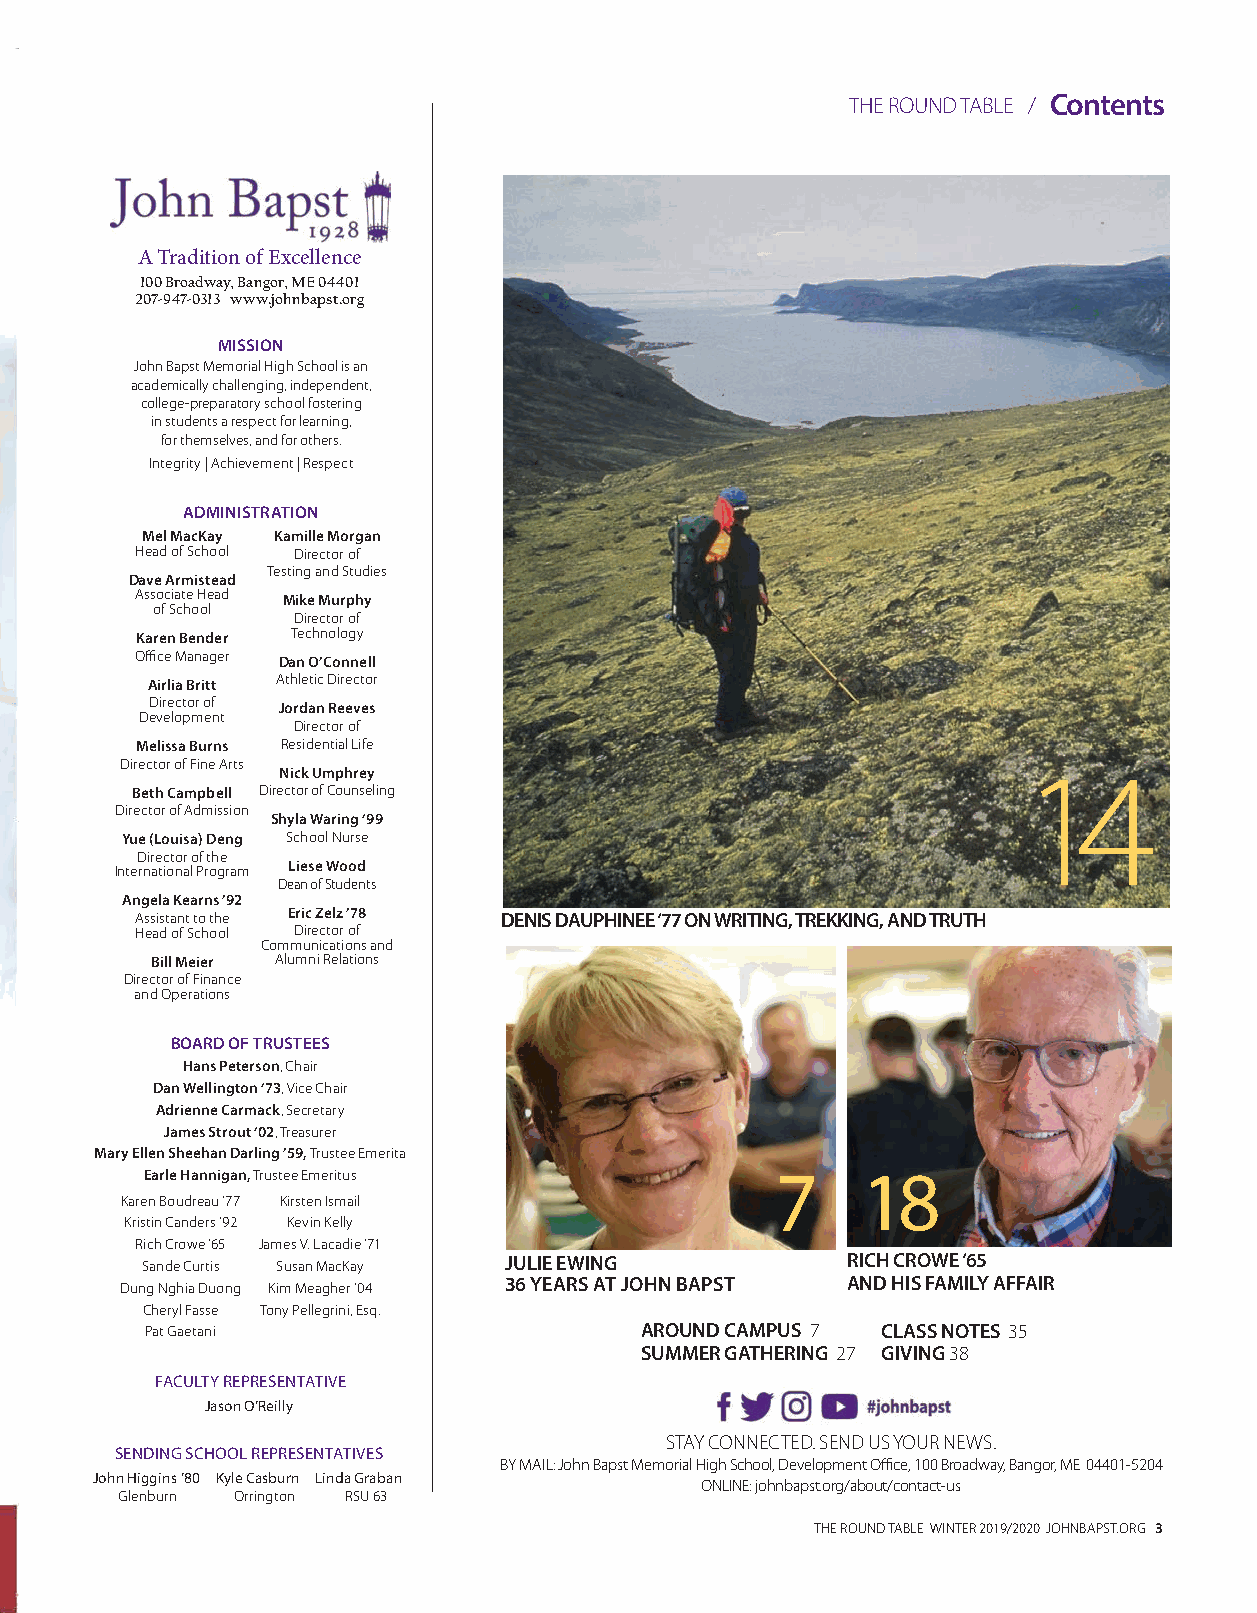
THE ROUND TABLE / Contents
 A Tradition of Excellence
 100 Broadway, Bangor, ME 04401
 207-947-0313 www.johnbapst.org
 MISSION
 John Bapst Memorial High School is an
 academically challenging, independent,
 college-preparatory school fostering
 in students a respect for learning,
 for themselves, and for others.
 Integrity | Achievement | Respect
 ADMINISTRATION
 Mel MacKay Kamille Morgan
 Head of School Director of
 Testing and Studies
 Dave Armistead
 Associate Head Mike Murphy
 of School
 Director of
 Karen Bender Technology
 Office Manager Dan O’Connell
 Airlia Britt Athletic Director
 Director of Jordan Reeves
 Development
 Director of
 Melissa Burns Residential Life
 Director of Fine Arts Nick Umphrey                          14
 Beth Campbell Director of Counseling
 Director of Admission
 Shyla Waring ‘99
 Yue (Louisa) Deng School Nurse
 Director of the
 International Program Liese Wood
 Dean of Students
 Angela Kearns ’92
 Assistant to the Eric Zelz ’78 DENIS DAUPHINEE ‘77 ON WRITING, TREKKING, AND TRUTH
 Head of School Director of
 Communications and
 Bill Meier Alumni Relations
 Director of Finance
 and Operations
 BOARD OF TRUSTEES
 Hans Peterson, Chair
 Dan Wellington ‘73, Vice Chair
 Adrienne Carmack, Secretary
 James Strout ‘02, Treasurer
 Mary Ellen Sheehan Darling ’59, Trustee Emerita
 Earle Hannigan, Trustee Emeritus         7     18
 Karen Boudreau ’77 Kirsten Ismail
 Kristin Canders ’92 Kevin Kelly
 Rich Crowe ’65 James V. Lacadie ’71
 Sande Curtis Susan MacKay JULIE EWING          RICH CROWE ‘65
 Dung Nghia Duong Kim Meagher ’04 36 YEARS AT JOHN BAPST AND HIS FAMILY AFFAIR
 Cheryl Fasse Tony Pellegrini, Esq.
 Pat Gaetani                     AROUND CAMPUS 7 CLASS NOTES 35
 SUMMER GATHERING 27 GIVING 38
 FACULTY REPRESENTATIVE
 Jason O’Reilly
 STAY CONNECTED. SEND US YOUR NEWS.
 SENDING SCHOOL REPRESENTATIVES
 BY MAIL: John Bapst Memorial High School, Development Office, 100 Broadway, Bangor, ME 04401-5204
 John Higgins ’80 Kyle Casburn Linda Graban
 ONLINE: johnbapst.org/about/contact-us
 Glenburn Orrington RSU 63
 THE ROUND TABLE WINTER 2019/2020 JOHNBAPST.ORG 3